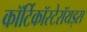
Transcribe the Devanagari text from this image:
कॉर्टिकॉस्टेरॉयड्स